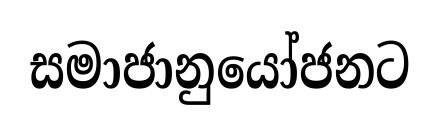
සමාජානුයෝජනට